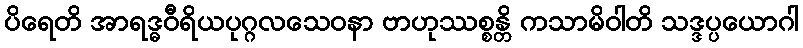
ပိရေတိ အာရဒ္ဓဝီရိယပုဂ္ဂလသေဝနာ ဗာဟုဿစ္စန္တိ ကသာမိဝါတိ သဒ္ဒပ္ပယောဂါ